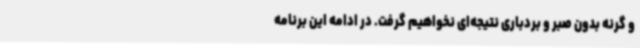
و گرنه بدون صبر و بردباری نتیجه‌ای نخواهیم گرفت. در ادامه این برنامه